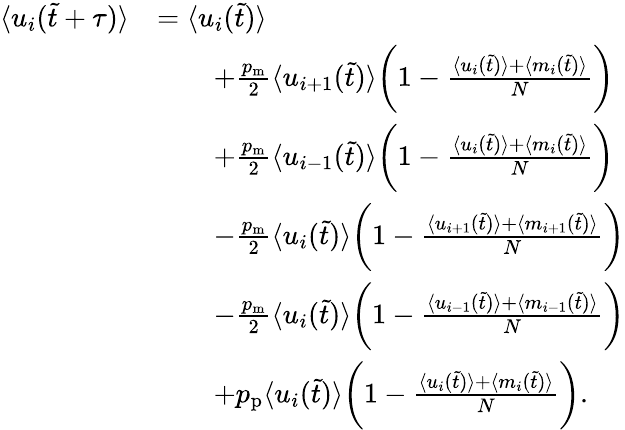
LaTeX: \begin{array}{rl}{\langle u_{i}(\tilde{t}+\tau)\rangle}&{=\langle u_{i}(\tilde{t})\rangle}\\ &{\qquad+\frac{p_{\mathrm{m}}}{2}\langle u_{i+1}(\tilde{t})\rangle\bigg(1-\frac{\langle u_{i}(\tilde{t})\rangle+\langle m_{i}(\tilde{t})\rangle}{N}\bigg)}\\ &{\qquad+\frac{p_{\mathrm{m}}}{2}\langle u_{i-1}(\tilde{t})\rangle\bigg(1-\frac{\langle u_{i}(\tilde{t})\rangle+\langle m_{i}(\tilde{t})\rangle}{N}\bigg)}\\ &{\qquad-\frac{p_{\mathrm{m}}}{2}\langle u_{i}(\tilde{t})\rangle\bigg(1-\frac{\langle u_{i+1}(\tilde{t})\rangle+\langle m_{i+1}(\tilde{t})\rangle}{N}\bigg)}\\ &{\qquad-\frac{p_{\mathrm{m}}}{2}\langle u_{i}(\tilde{t})\rangle\bigg(1-\frac{\langle u_{i-1}(\tilde{t})\rangle+\langle m_{i-1}(\tilde{t})\rangle}{N}\bigg)}\\ &{\qquad+p_{\mathrm{p}}\langle u_{i}(\tilde{t})\rangle\bigg(1-\frac{\langle u_{i}(\tilde{t})\rangle+\langle m_{i}(\tilde{t})\rangle}{N}\bigg).}\end{array}